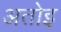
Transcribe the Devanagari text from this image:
अतोइ